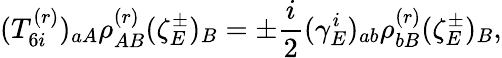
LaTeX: (T_{6i}^{(r)})_{aA}\rho_{AB}^{(r)}(\zeta_{E}^{\pm})_{B}=\pm\frac{i}{2}(\gamma_{E}^{i})_{ab}\rho_{bB}^{(r)}(\zeta_{E}^{\pm})_{B},